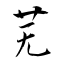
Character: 芜